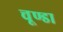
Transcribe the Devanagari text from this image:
चूण्डा